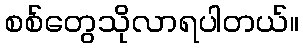
စစ်တွေသိုလာရပါတယ်။